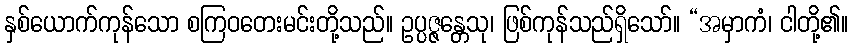
နှစ်ယောက်ကုန်သော စကြဝတေးမင်းတို့သည်။ ဥပ္ပဇ္ဇန္တေသု၊ ဖြစ်ကုန်သည်ရှိသော်။ “အမှာကံ၊ ငါတို့၏။